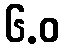
၆.ဝ